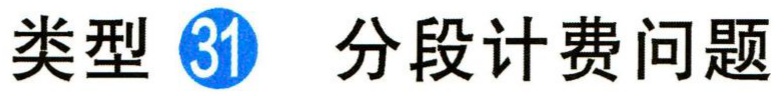
类型 \textcircled{31} 分段计费问题